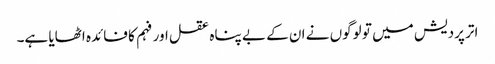
اتر پردیش میں تو لوگوں نے ان کے بے پناہ عقل اور فہم کا فائدہ اٹھایا ہے۔